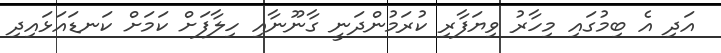
އަދި އެ ބިމުގައި މިހާރު ވިޔަފާރި ކުރަމުންދަނީ ގާނޫނާއި ހިލާފަށް ކަމަށް ކަނޑައަޅައިދި